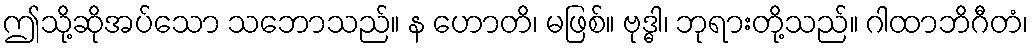
ဤသို့ဆိုအပ်သော သဘောသည်။ န ဟောတိ၊ မဖြစ်။ ဗုဒ္ဓါ၊ ဘုရားတို့သည်။ ဂါထာဘိဂီတံ၊